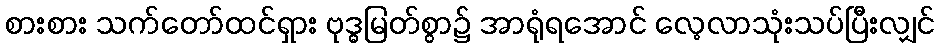
စားစား သက်တော်ထင်ရှား ဗုဒ္ဓမြတ်စွာ၌ အာရုံရအောင် လေ့လာသုံးသပ်ပြီးလျှင်